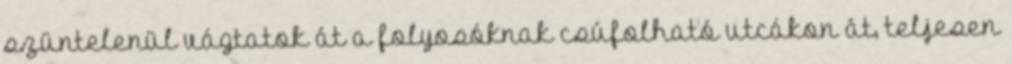
szüntelenül vágtatok át a folyosóknak csúfolható utcákon át, teljesen